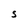
Character: S